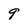
Character: 9